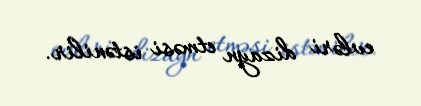
evləri dizayn etməsi istənilir.